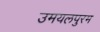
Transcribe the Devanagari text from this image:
उमयलपुरम